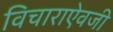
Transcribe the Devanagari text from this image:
विचाराऐवजी